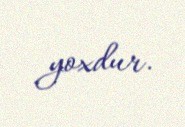
yoxdur.